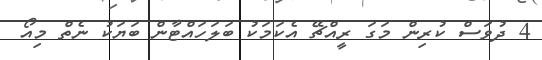
4 ދުވަަސް ކުރިން މަގަ ރީއްޗޭ އެކަމަކު ބަލަހައްޓާން ބަޔަކު ނެތް މިއޯ